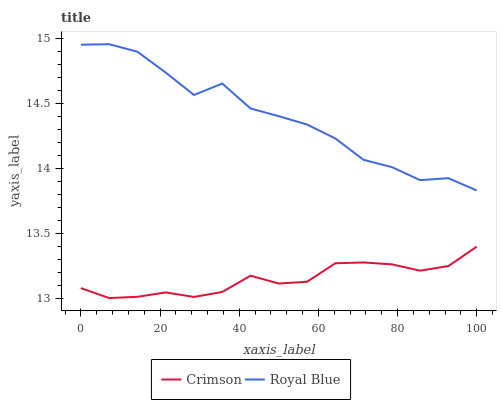
| xaxis_label | Crimson | Royal Blue |
 | --- | --- | --- |
 | 0 | 13.1 | 15 |
 | 7.14 | 13 | 15 |
 | 14.3 | 13 | 14.9 |
 | 21.4 | 13 | 14.7 |
 | 28.6 | 13 | 14.6 |
 | 35.7 | 13.1 | 14.7 |
 | 42.9 | 13.2 | 14.5 |
 | 50 | 13.1 | 14.4 |
 | 57.1 | 13.1 | 14.3 |
 | 64.3 | 13.3 | 14.2 |
 | 71.4 | 13.3 | 14.1 |
 | 78.6 | 13.3 | 14 |
 | 85.7 | 13.2 | 13.9 |
 | 92.9 | 13.3 | 13.9 |
 | 100 | 13.4 | 13.8 |